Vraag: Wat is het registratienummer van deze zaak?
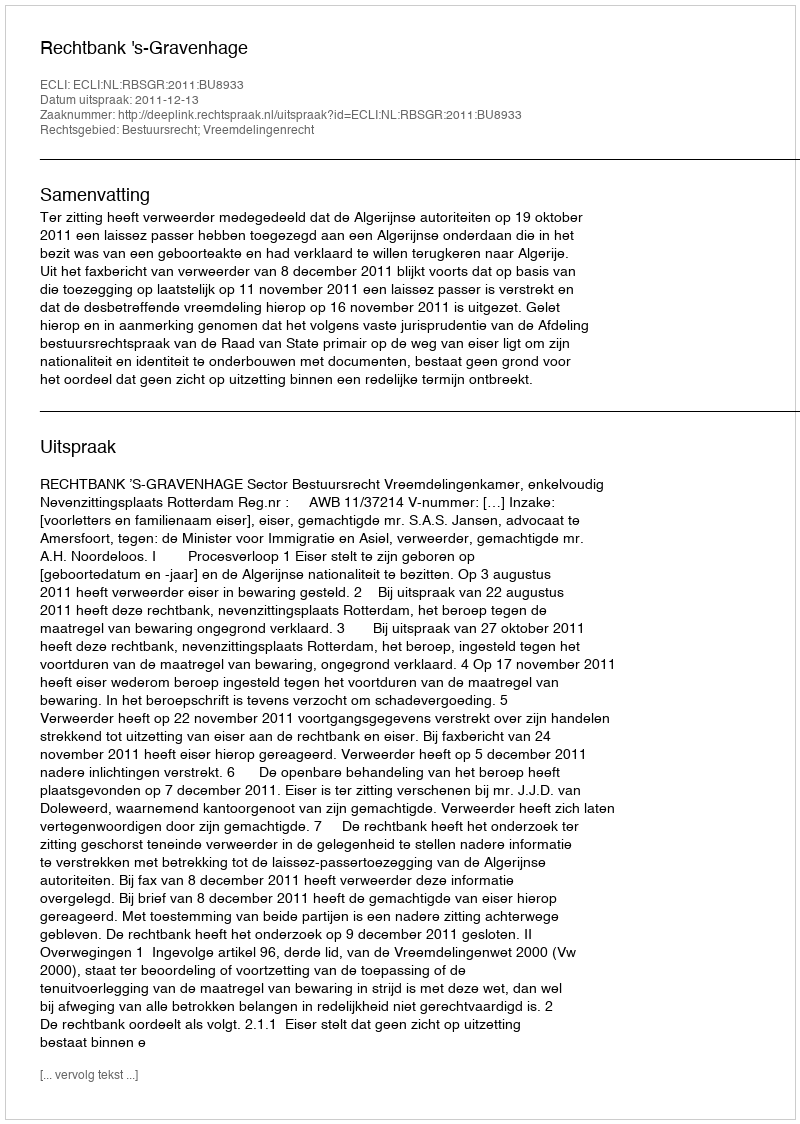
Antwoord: http://deeplink.rechtspraak.nl/uitspraak?id=ECLI:NL:RBSGR:2011:BU8933